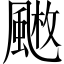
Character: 𩘄